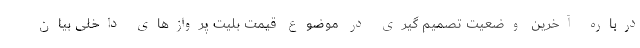
درباره آخرین وضعیت تصمیم گیری در موضوع قیمت بلیت پروازهای داخلی بیان